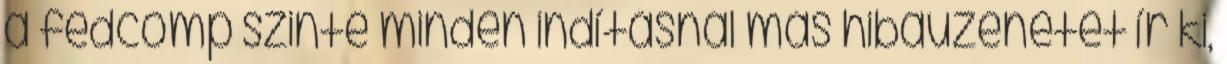
a fedcomp szinte minden indításnál más hibaüzenetet ír ki,